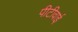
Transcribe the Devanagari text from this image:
पीटीवाई